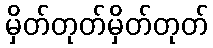
မှိတ်တုတ်မှိတ်တုတ်